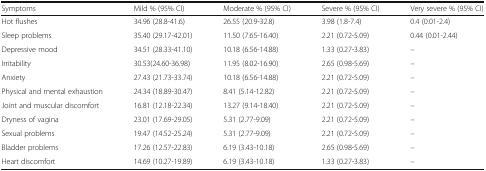
<table><thead><tr><td><b>Symptoms</b></td><td><b>Mild % (95% CI)</b></td><td><b>Moderate % (95% CI)</b></td><td><b>Severe % (95% CI)</b></td><td><b>Very severe % (95% CI)</b></td></tr></thead><tbody><tr><td>Hot flushes</td><td>34.96 (28.8-41.6)</td><td>26.55 (20.9-32.8)</td><td>3.98 (1.8-7.4)</td><td>0.4 (0.01-2.4)</td></tr><tr><td>Sleep problems</td><td>35.40 (29.17-42.01)</td><td>11.50 (7.65-16.40)</td><td>2.21 (0.72-5.09)</td><td>0.44 (0.01-2.44)</td></tr><tr><td>Depressive mood</td><td>34.51 (28.33-41.10)</td><td>10.18 (6.56-14.88)</td><td>1.33 (0.27-3.83)</td><td>–</td></tr><tr><td>Irritability</td><td>30.53(24.60-36.98)</td><td>11.95 (8.02-16.90)</td><td>2.65 (0.98-5.69)</td><td>–</td></tr><tr><td>Anxiety</td><td>27.43 (21.73-33.74)</td><td>10.18 (6.56-14.88)</td><td>2.21 (0.72-5.09)</td><td>–</td></tr><tr><td>Physical and mental exhaustion</td><td>24.34 (18.89-30.47)</td><td>8.41 (5.14-12.82)</td><td>2.21 (0.72-5.09)</td><td>–</td></tr><tr><td>Joint and muscular discomfort</td><td>16.81 (12.18-22.34)</td><td>13.27 (9.14-18.40)</td><td>2.21 (0.72-5.09)</td><td>–</td></tr><tr><td>Dryness of vagina</td><td>23.01 (17.69-29.05)</td><td>5.31 (2.77-9.09)</td><td>2.21 (0.72-5.09)</td><td>–</td></tr><tr><td>Sexual problems</td><td>19.47 (14.52-25.24)</td><td>5.31 (2.77-9.09)</td><td>2.21 (0.72-5.09)</td><td>–</td></tr><tr><td>Bladder problems</td><td>17.26 (12.57-22.83)</td><td>6.19 (3.43-10.18)</td><td>2.65 (0.98-5.69)</td><td>–</td></tr><tr><td>Heart discomfort</td><td>14.69 (10.27-19.89)</td><td>6.19 (3.43-10.18)</td><td>1.33 (0.27-3.83)</td><td>–</td></tr></tbody></table>